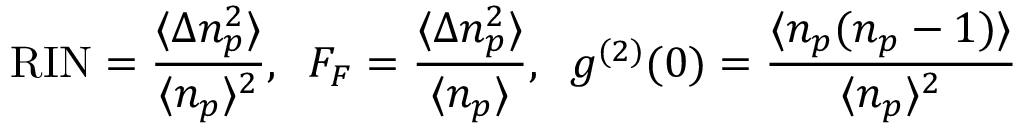
\mathrm { R I N } = \frac { \langle \Delta n _ { p } ^ { 2 } \rangle } { \langle n _ { p } \rangle ^ { 2 } } , \ \: F _ { F } = \frac { \langle \Delta n _ { p } ^ { 2 } \rangle } { \langle n _ { p } \rangle } , \ \: g ^ { ( 2 ) } ( 0 ) = \frac { \langle n _ { p } ( n _ { p } - 1 ) \rangle } { \langle n _ { p } \rangle ^ { 2 } }